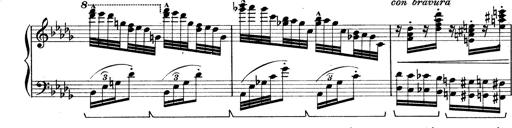
Title: Rapsodie: 19 ungheresi, 1 spagnuola
Composer: Franz Liszt